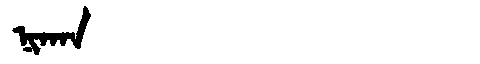
Manchu: ᠨᡳᡴᠠᠨ
Romanization: NIKAN